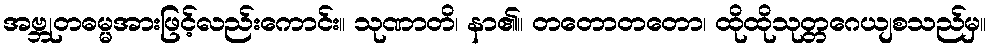
အဗ္ဘုတဓမ္မအားဖြင့်လည်းကောင်း။ သုဏာတိ၊ နာ၏။ တတောတတော၊ ထိုထိုသုတ္တဂေယျစသည်မှ။